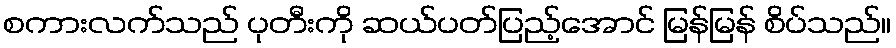
စကားလက်သည် ပုတီးကို ဆယ်ပတ်ပြည့်အောင် မြန်မြန် စိပ်သည်။